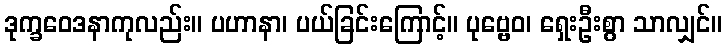
ဒုက္ခဝေဒနာကုလည်း။ ပဟာနာ၊ ပယ်ခြင်းကြောင့်။ ပုဗ္ဗေဝ၊ ရှေးဦးစွာ သာလျှင်။